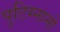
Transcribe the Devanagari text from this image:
पुटिग्नानो